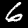
Digit: 6